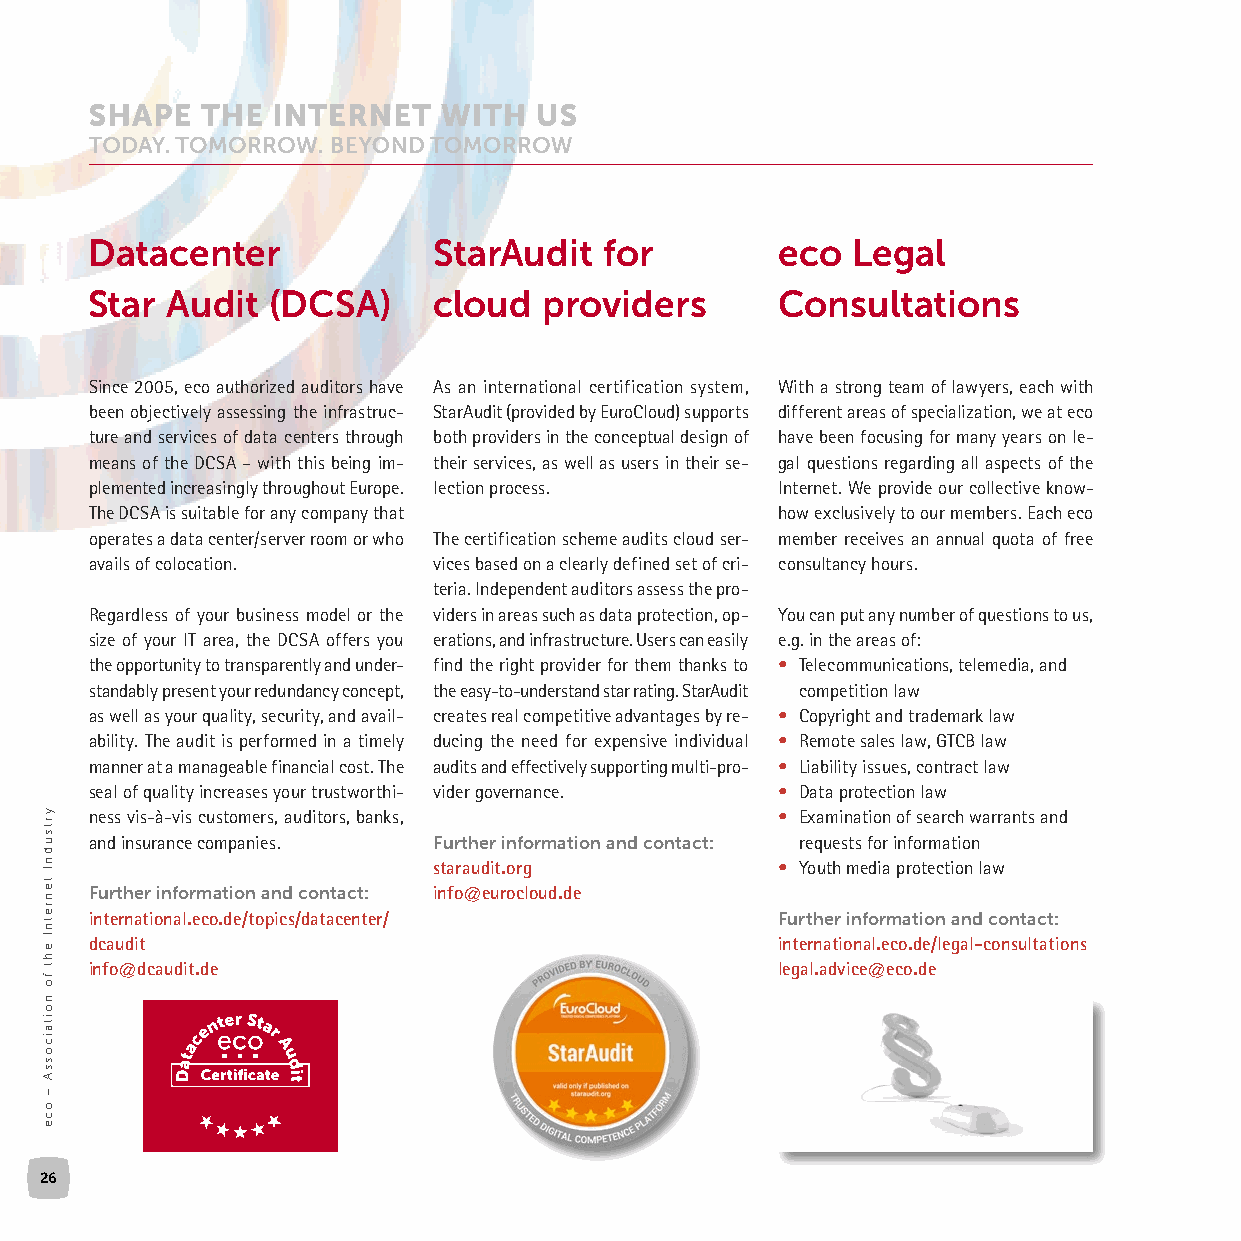
Datacenter             StarAudit  for        eco  Legal
 Star Audit  (DCSA)     cloud  providers      Consultations
 Since 2005, eco authorized auditors have As an international certification system, With a strong team of lawyers, each with
 been objectively assessing the infrastruc- StarAudit (provided by EuroCloud) supports different areas of specialization, we at eco
 ture and services of data centers through both providers in the conceptual design of have been focusing for many years on le-
 means of the DCSA – with this being im- their services, as well as users in their se- gal questions regarding all aspects of the
 plemented increasingly throughout Europe. lection process. Internet. We provide our collective know-
 The DCSA is suitable for any company that    how exclusively to our members. Each eco
 operates a data center/server room or who The certification scheme audits cloud ser- member receives an annual quota of free
 avails of colocation.  vices based on a clearly defined set of cri- consultancy hours.
 teria. Independent auditors assess the pro-
 Regardless of your business model or the viders in areas such as data protection, op- You can put any number of questions to us,
 size of your IT area, the DCSA offers you erations, and infrastructure. Users can easily e.g. in the areas of:
 the opportunity to transparently and under- find the right provider for them thanks to • Telecommunications, telemedia, and
 standably present your redundancy concept, the easy-to-understand star rating. StarAudit competition law
 as well as your quality, security, and avail- creates real competitive advantages by re- • Copyright and trademark law
 ability. The audit is performed in a timely ducing the need for expensive individual • Remote sales law, GTCB law
 manner at a manageable financial cost. The audits and effectively supporting multi-pro- • Liability issues, contract law
 seal of quality increases your trustworthi- vider governance. • Data protection law
 ness vis-à-vis customers, auditors, banks,   • Examination of search warrants and
 and insurance companies. Further information and contact: requests for information
 staraudit.org         • Youth media protection law
 Further information and contact: info@eurocloud.de
 international.eco.de/topics/datacenter/      Further information and contact:
 dcaudit                                      international.eco.de/legal-consultations
 info@dcaudit.de                              legal.advice@eco.de
 26
 yrtsudnI
 tenretnI
 eht
 fo
 noitaicossA
 –
 oce